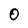
Character: O